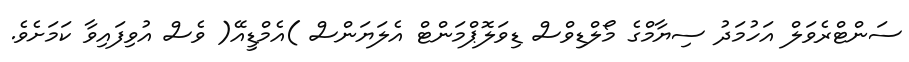
ސަންޓްރެވަލް އަހުމަދު ސިޔާމްގެ މޯލްޑިވްސް ޑިވަލޮޕްމަންޓް އެލަޔަންސް )އެމްޑީއޭ( ވެސް އުވިފައިވާ ކަމަށެވެ.